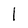
Character: l